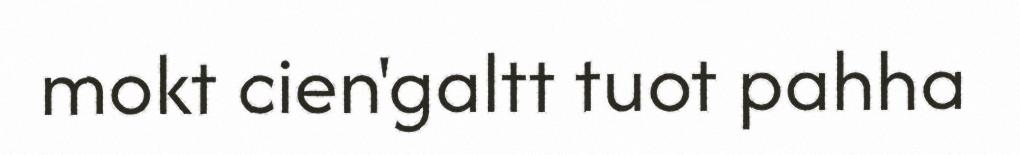
mokt cien'galtt tuot pahha